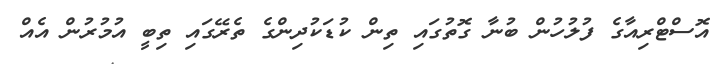
އޮސްޓްރިއާގެ ފުލުހުން ބުނާ ގޮތުގައި ތިން ކުޑަކުދިންގެ ތެރޭގައި ތިބީ އުމުރުން އެއް